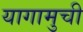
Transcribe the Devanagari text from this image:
यागामुची